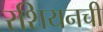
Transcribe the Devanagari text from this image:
रशियनची